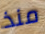
منذ